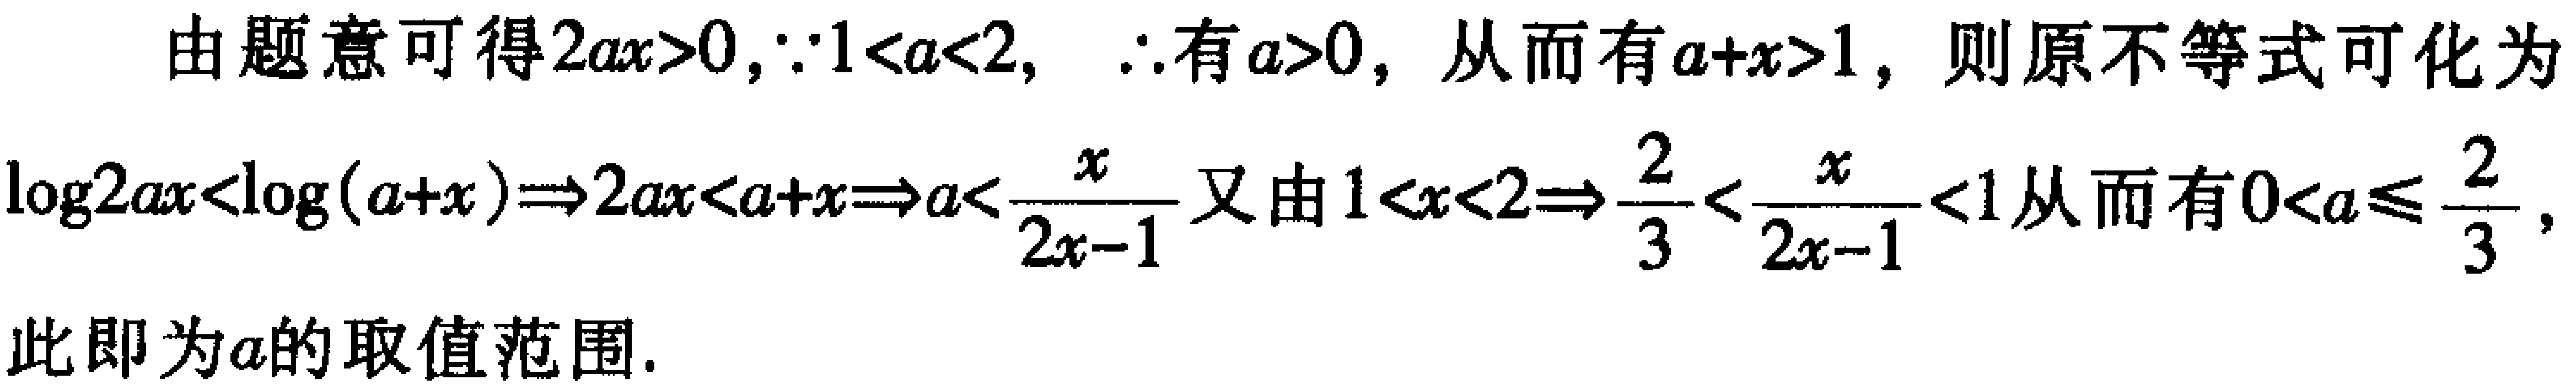
由题意可得\(2ax > 0\)，\(\because 1 < a < 2\)，\(\therefore\)有\(a > 0\)，从而有\(a + x>1\)，则原不等式可化为\(\log 2ax<\log(a + x)\Rightarrow 2ax < a + x\Rightarrow a<\frac{x}{2x - 1}\)又由\(1 < x < 2\Rightarrow\frac{2}{3}<\frac{x}{2x - 1}<1\)，从而有\(0 < a\leqslant\frac{2}{3}\)，此即为\(a\)的取值范围.